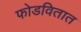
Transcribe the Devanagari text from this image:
फोडवितात